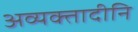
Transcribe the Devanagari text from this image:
अव्यक्तादीनि